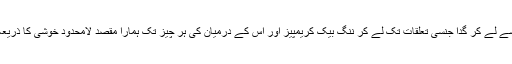
ہم جنس سے لے کر گدا جنسی تعلقات تک لے کر ننگ بیک کریمپیز اور اس کے درمیان کی ہر چیز تک ہمارا مقصد لامحدود خوشی کا ذریعہ بننا ہے۔